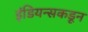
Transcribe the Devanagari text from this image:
इंडियन्सकडून